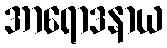
အာရောဒနာယ